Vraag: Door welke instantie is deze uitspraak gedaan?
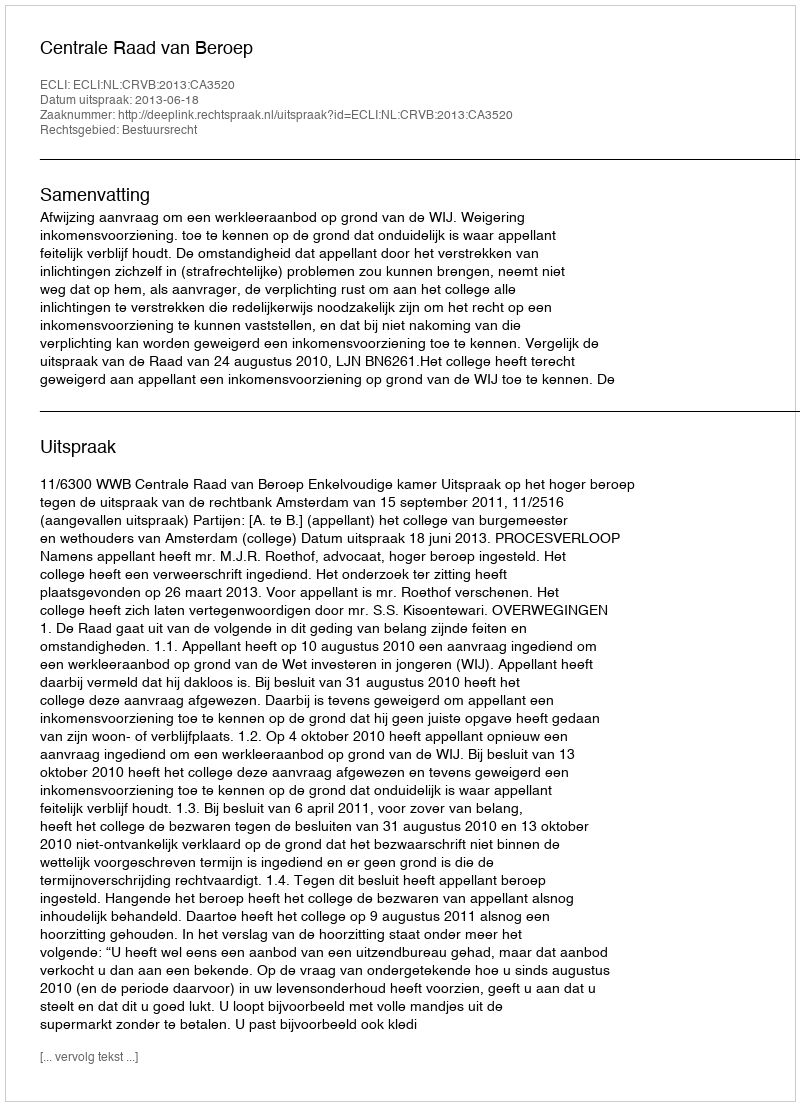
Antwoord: Centrale Raad van Beroep